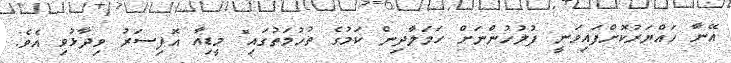
އޭނާ ހައްޔަރުކޮށްފައިވަނީ ފުލުހުންނަށް ހަމަލާދިން ކަމުގެ ތުހުމަތުގައި" މީޑިއާ އޮފިސަރު ވިދާޅުވި އެވެ.